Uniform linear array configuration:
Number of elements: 24
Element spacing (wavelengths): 0.25
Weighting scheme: hann
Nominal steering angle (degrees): -60
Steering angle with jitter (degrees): -58.418
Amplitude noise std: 0.05
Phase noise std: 0.05

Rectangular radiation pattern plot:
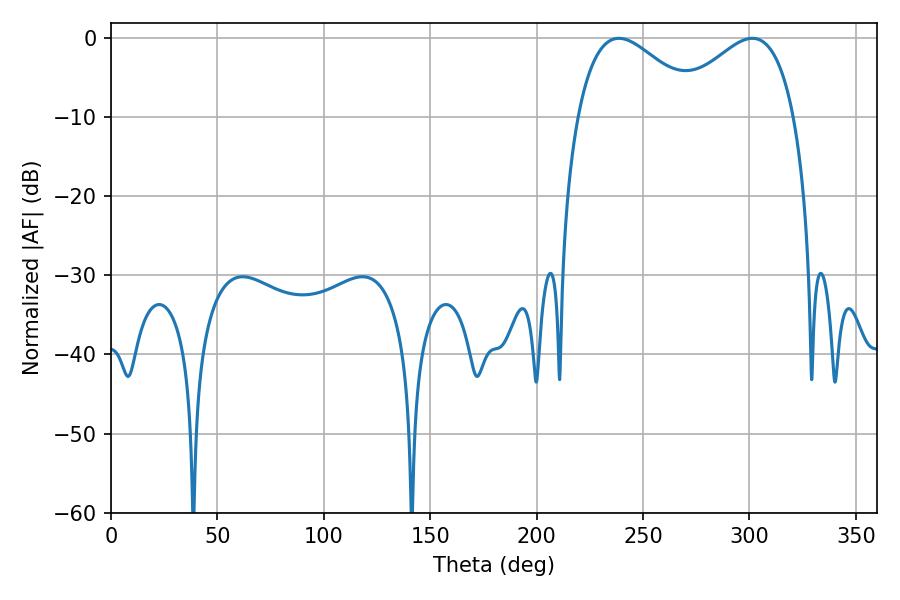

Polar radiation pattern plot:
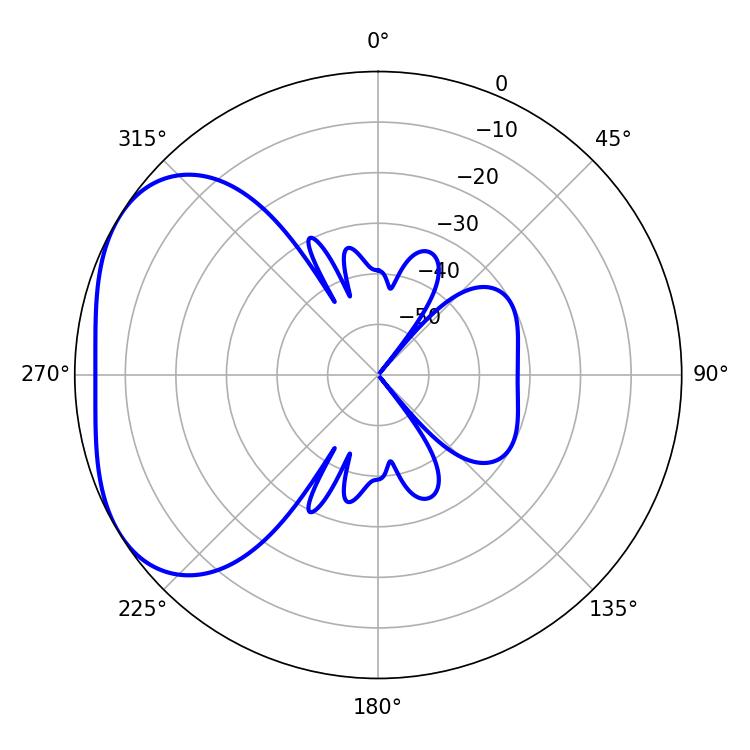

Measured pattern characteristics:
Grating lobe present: FALSE
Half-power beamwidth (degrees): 31.68
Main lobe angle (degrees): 238.68